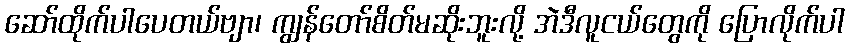
ဆော်ထိုက်ပါပေတယ်ဗျာ၊ ကျွန်တော်စိတ်မဆိုးဘူးလို့ အဲဒီလူငယ်တွေကို ပြောလိုက်ပါ